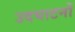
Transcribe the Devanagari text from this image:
उदघाटनों